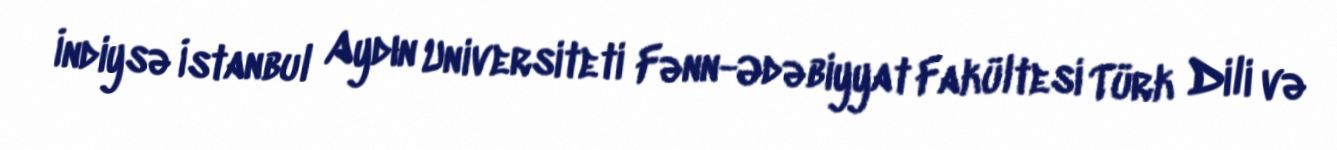
İndiysə İstanbul Aydın Universiteti Fənn-Ədəbiyyat Fakültesi Türk Dili və